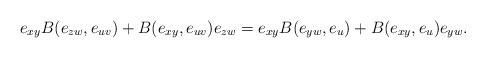
LaTeX: \begin{align*}e_{xy}B(e_{zw},e_{uv})+B(e_{xy},e_{uv})e_{zw}&=e_{xy}B(e_{yw},e_u)+B(e_{xy},e_u)e_{yw}.\end{align*}